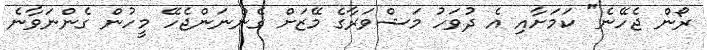
ރޯން ޖެހޭނެ" ކަމަށާއި އެ ދުވަހު މަޝްވަރާގެ މޭޒަށް ގެންނަންޖެހޭ މީހުން ގެންނަވާނެ